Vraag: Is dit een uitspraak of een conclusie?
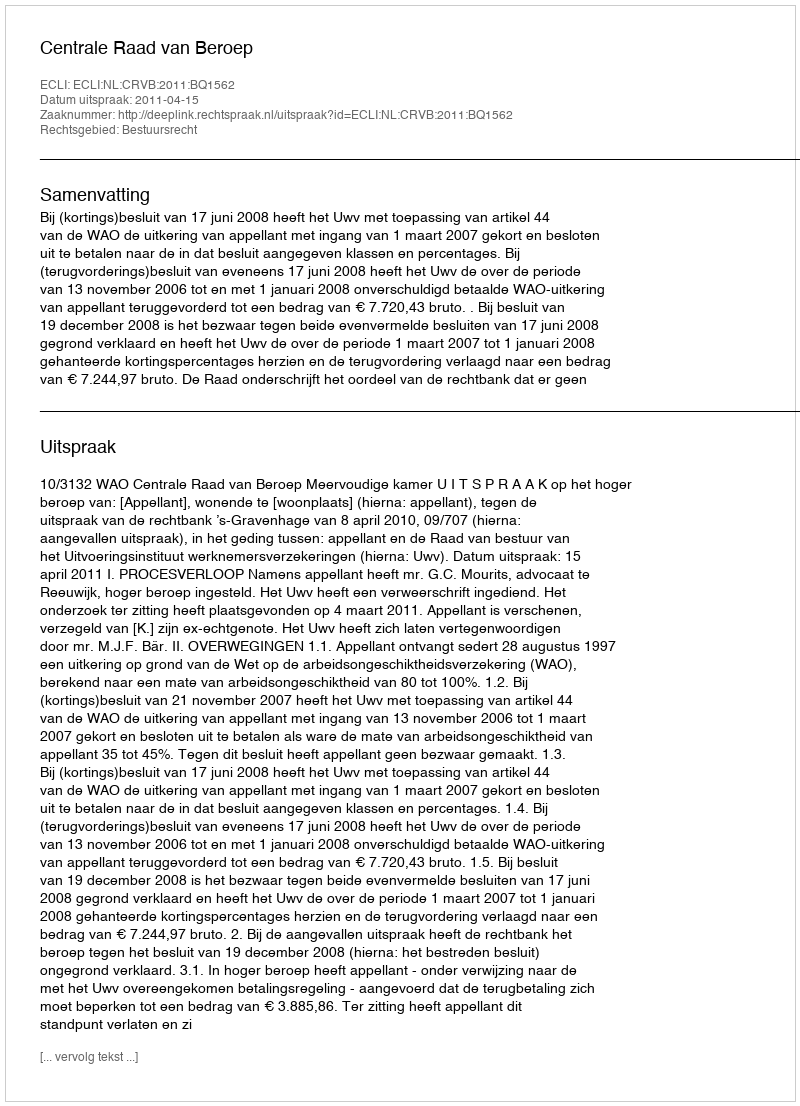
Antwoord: Uitspraak